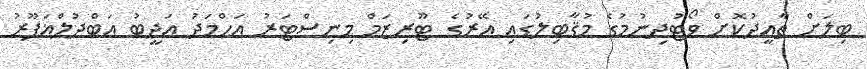
ބިލަށް ތާއީދުކޮށް ވޯޓުދިނުމުގެ މުޤާބިލުގައި އޭރުގެ ޓޫރިޒަމް މިނިސްޓަރު އަހްމަދު އަދީބު އަބްދުލްޣަފޫރު